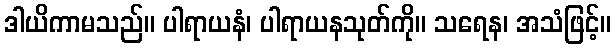
ဒါယိကာမသည်။ ပါရာယနံ၊ ပါရာယနသုတ်ကို။ သရေန၊ အသံဖြင့်။